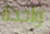
واحدة